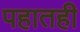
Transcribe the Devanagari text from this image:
पहातही